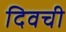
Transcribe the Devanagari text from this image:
दिवची